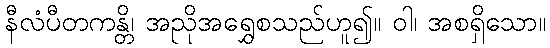
နီလံပီတကန္တိ၊ အညိုအရွှေစသည်ဟူ၍။ ဝါ၊ အစရှိသော။